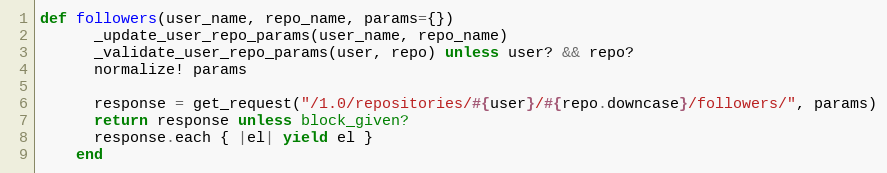
Language: Ruby
def followers(user_name, repo_name, params={})
      _update_user_repo_params(user_name, repo_name)
      _validate_user_repo_params(user, repo) unless user? && repo?
      normalize! params

      response = get_request("/1.0/repositories/#{user}/#{repo.downcase}/followers/", params)
      return response unless block_given?
      response.each { |el| yield el }
    end